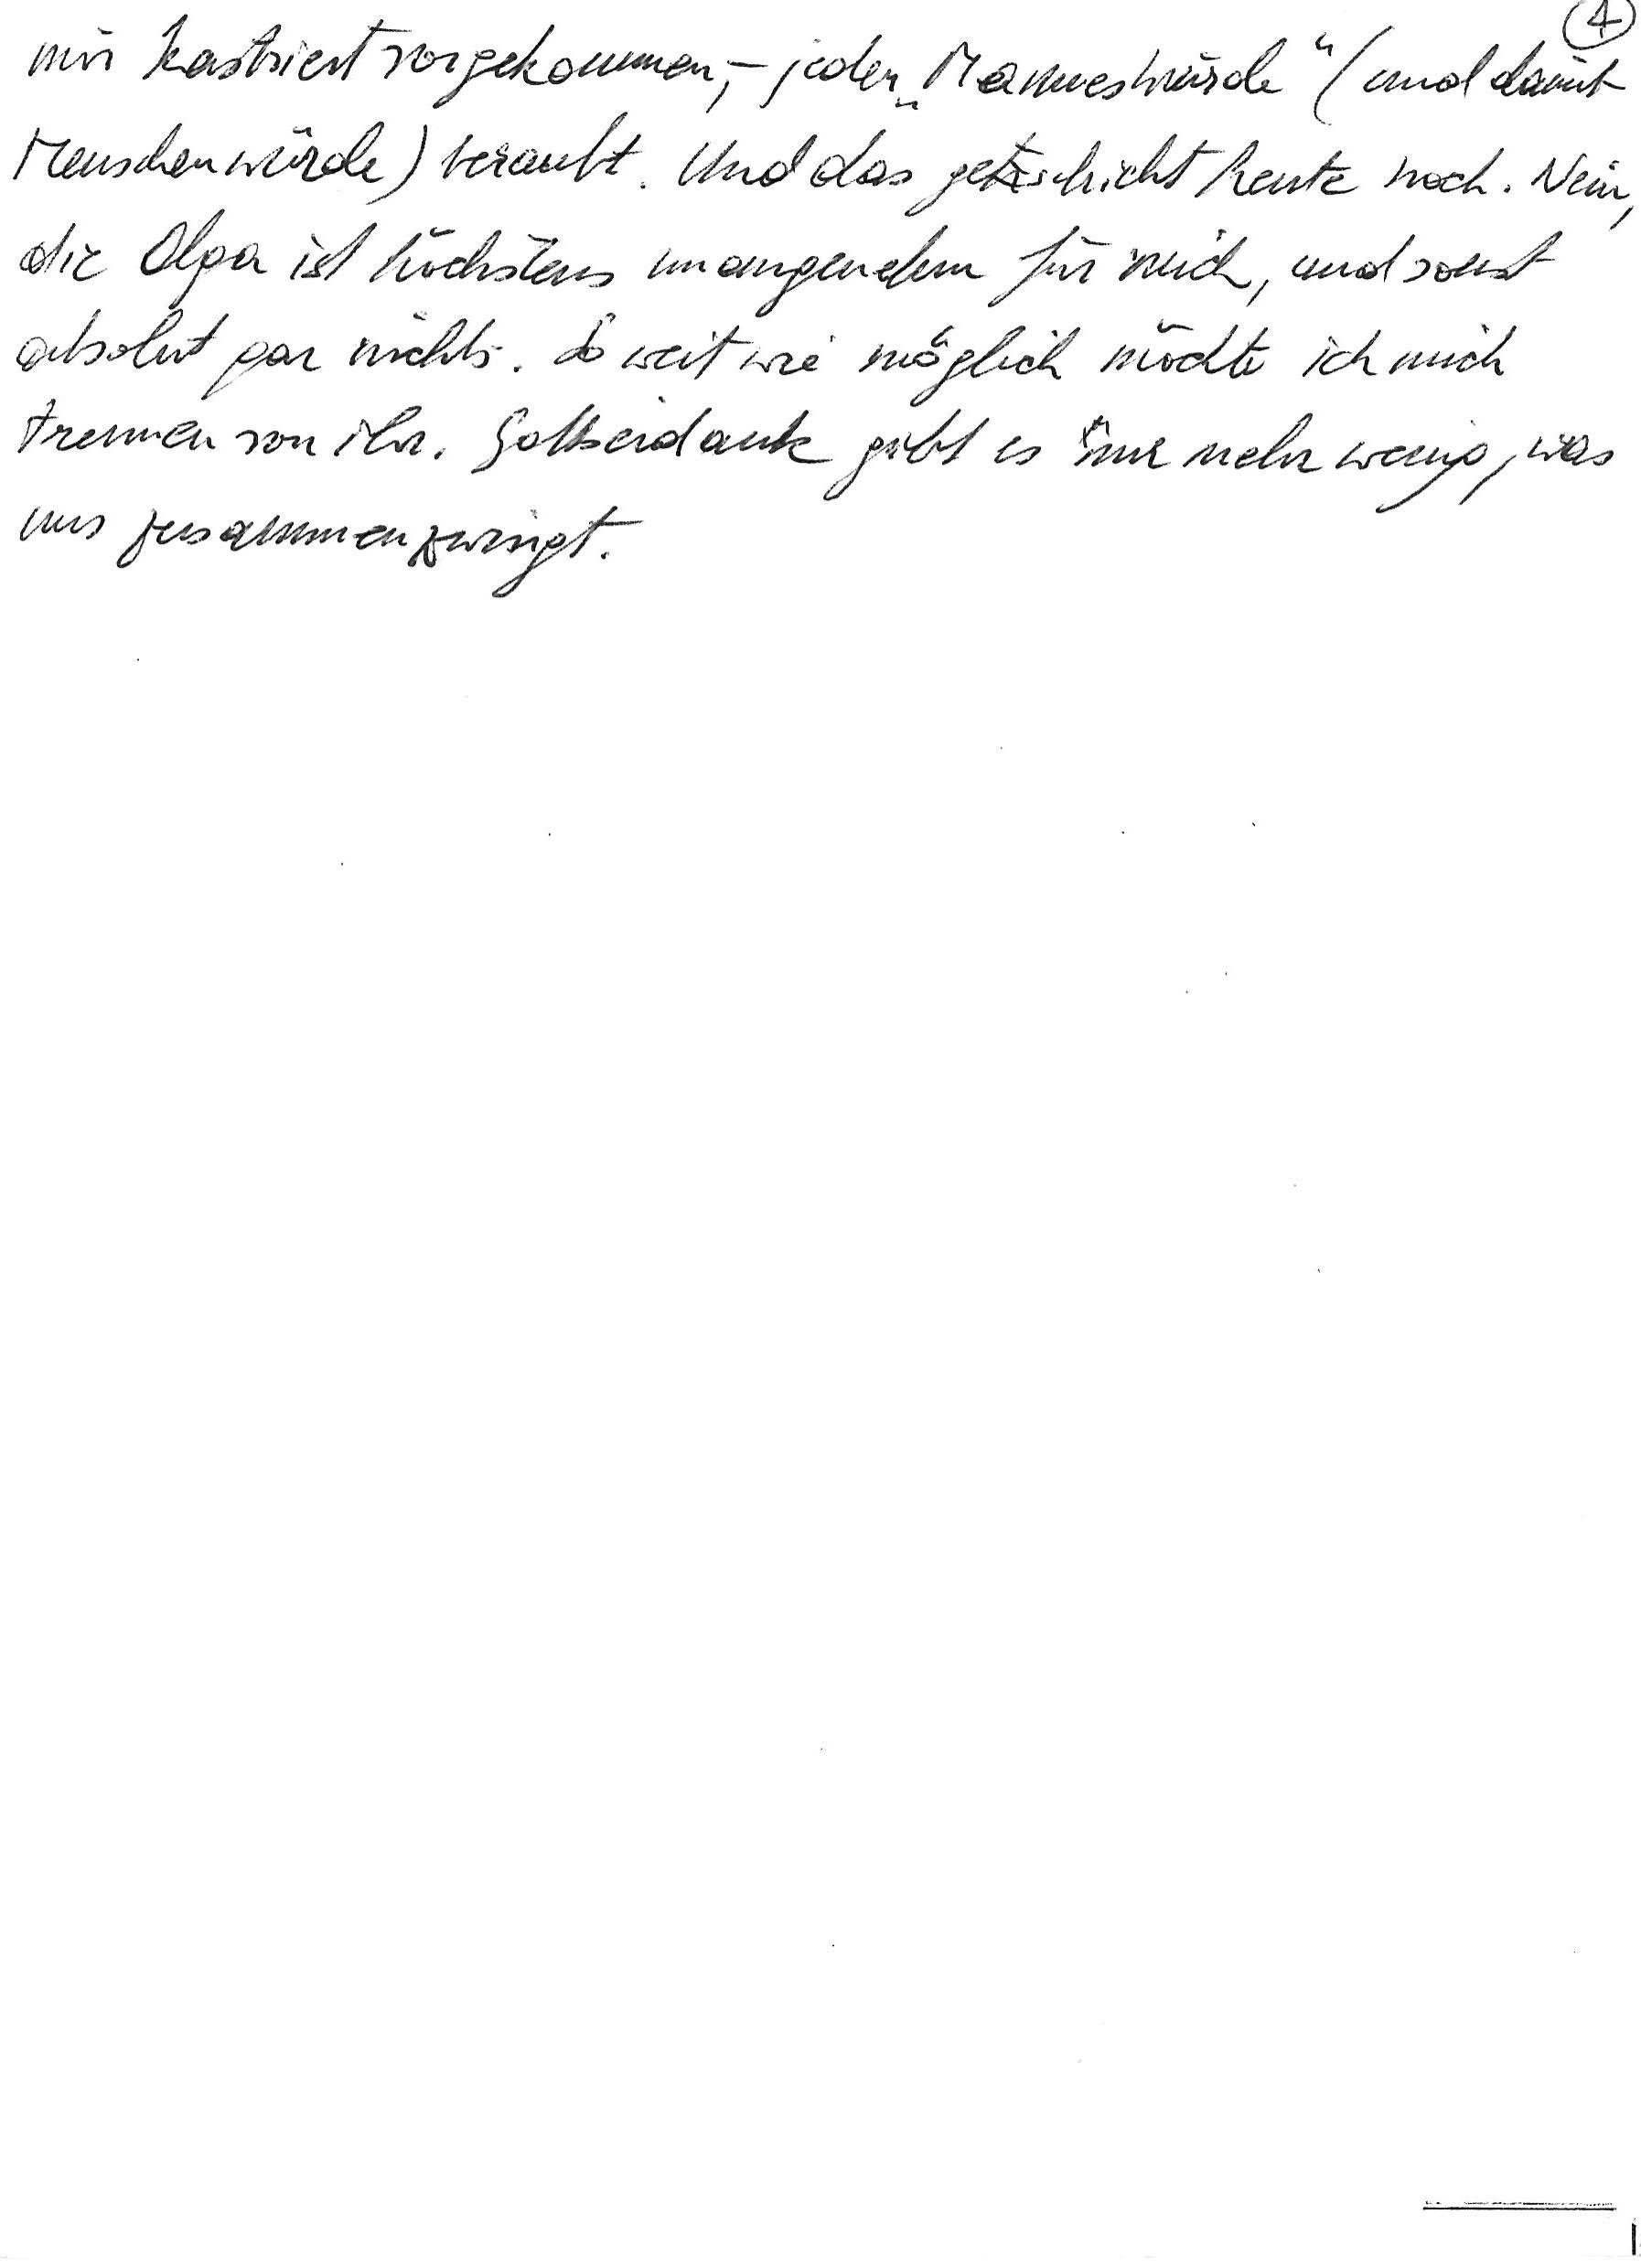
mir kastriert vorgekommen, – jeder „Manneswürde“ (und damit
Menschenwürde) beraubt. Und das geschieht heute noch. Nein,
die Olga ist höchstens unangenehm für mich, und sonst
absolut gar nichts. So weit wie möglich möchte ich mich
trennen von ihr. Gottseidank gibt es nur mehr wenig, was
uns zusammenzwingt.